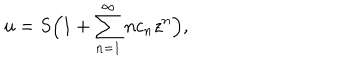
LaTeX: u = S \Big ( 1 + \sum _ { n = 1 } ^ { \infty } n c _ { n } z ^ { n } \Big ) ,